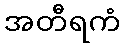
အတီရကံ